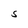
Character: S